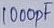
Text: 1000nF